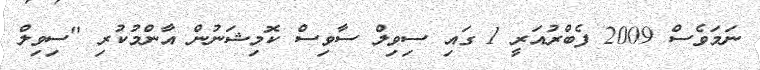
ނަމަވެސް 2009 ފެބްރުއަރީ 1 ގައި ސިވިލް ސާވިސް ކޮމިޝަނުން އާންމުކުރި "ސިވިލް